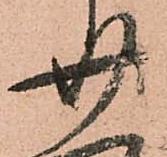
廿